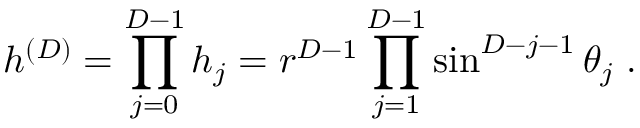
h ^ { ( { D } ) } = \prod _ { j = 0 } ^ { { D - 1 } } h _ { j } = r ^ { { D } - 1 } \prod _ { j = 1 } ^ { { D } - 1 } \sin ^ { { D } - j - 1 } \theta _ { j } \; .